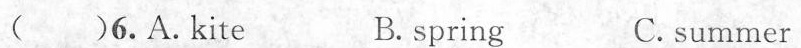
( )6.A.Kite B. spring C. summer